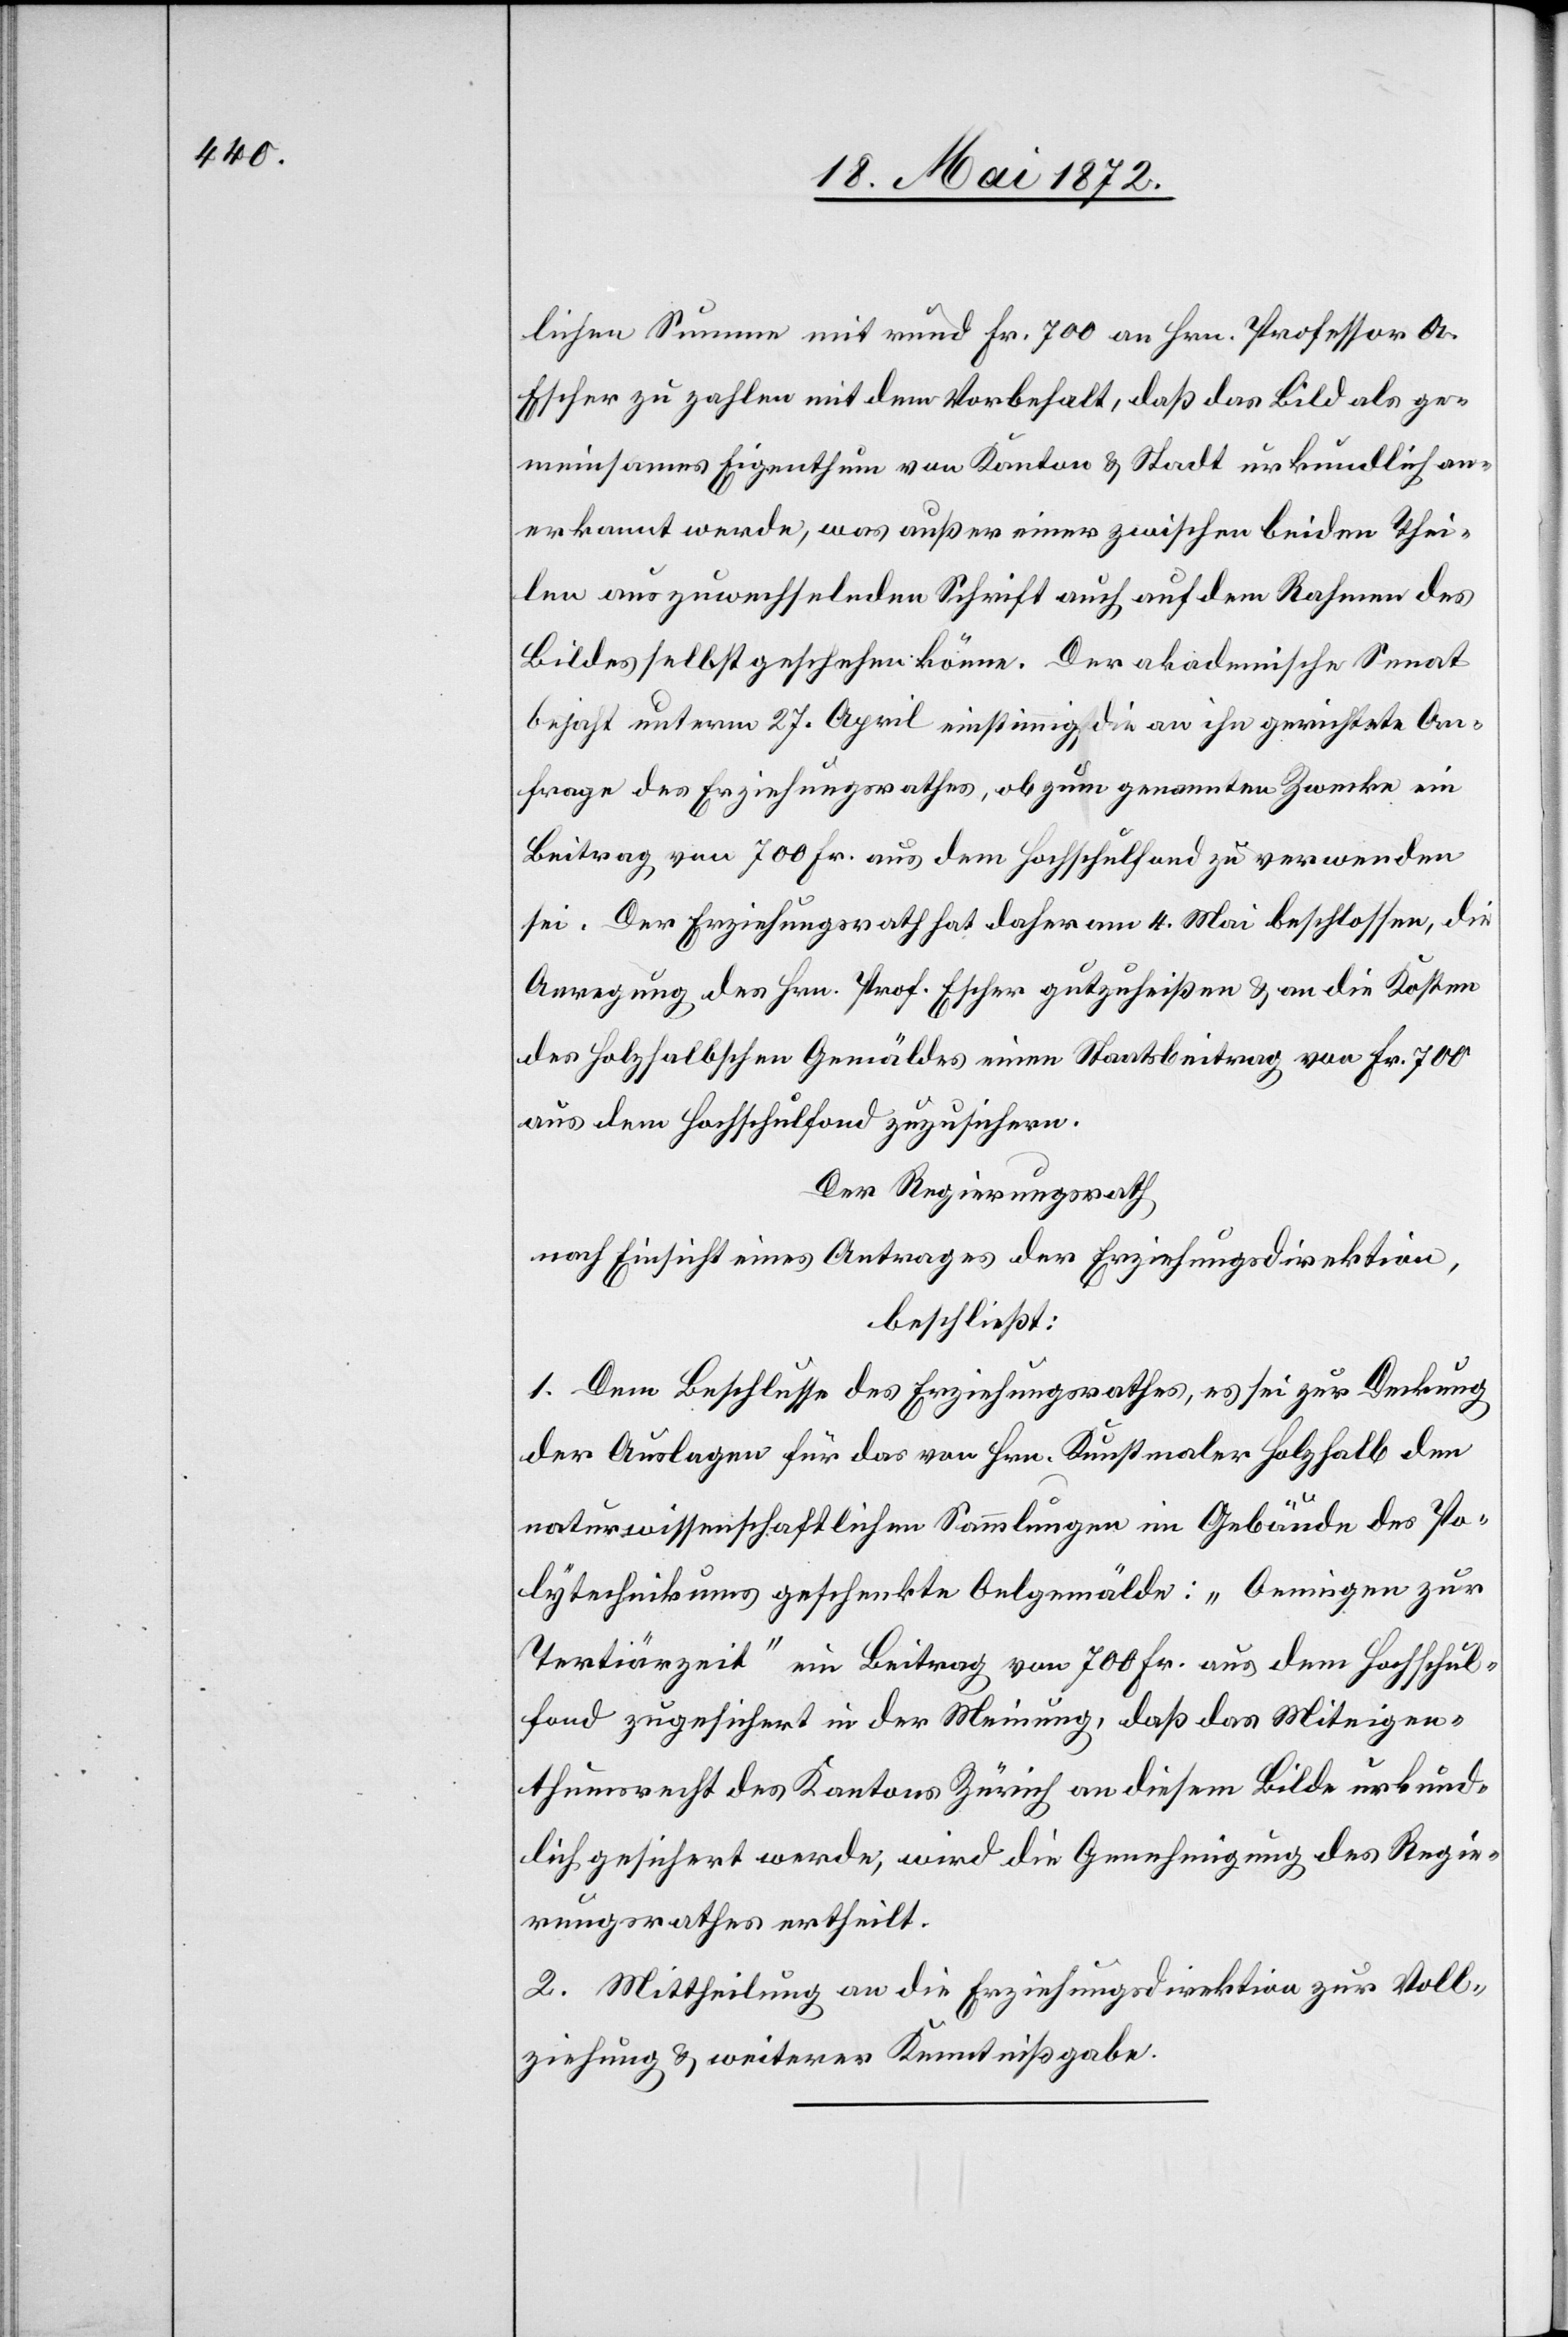
lichen Summe mit rund Fr. 700 an Hrn. Professor A.
Escher zu zahlen mit dem Vorbehalt, daß das Bild als ge¬
meinsames Eigenthum von Kanton u. Stadt urkundlich an¬
erkannt werde, was außer einer zwischen beiden Thei¬
len auszuwechselnden Schrift auch auf dem Rahmen des
Bildes selbst geschehen könne. Der akademische Senat
bejaht unterm 27. April einstimmig, die an ihn gerichtete An¬
frage des Erziehungsrathes, ob zum genannten Zwecke ein
Beitrag von 700 Fr. aus dem Hochschulfond zu verwenden
sei. Der Erziehungsrath hat daher am 4. Mai beschlossen, die
Anregung des Hrn. Prof. Escher gutzuheißen u. an die Kosten
des Holzhalbschen Gemäldes einen Staatsbeitrag von Fr. 700
aus dem Hochschulfond zuzusichern.
Der Regierungsrath
nach Einsicht eines Antrages der Erziehungsdirektion,
beschließt:
1. Dem Beschlusse des Erziehungsrathes, es sei zur Deckung
der Auslagen für das von Hrn. Kunstmaler Holzhalb den
naturwissenschaftlichen Sammlungen im Gebäude des Po¬
lytechnikums geschenkte Oelgemälde: „Oeningen zur
Tertiärzeit“ ein Beitrag von 700 Fr. aus dem Hochschul¬
fond zugesichert in der Meinung, daß das Miteigen¬
thumsrecht des Kantons an diesem Bilde urkund¬
lich gesichert werde, wird die Genehmigung des Regie¬
rungsrathes ertheilt.
2. Mittheilung an die Erziehungsdirektion zur Voll¬
ziehung u. weiterer Kenntnißgabe.